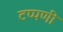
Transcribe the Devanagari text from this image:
टप्पणी